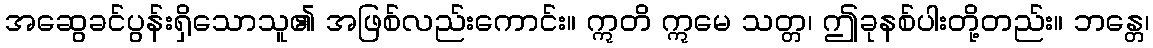
အဆွေခင်ပွန်းရှိသောသူ၏ အဖြစ်လည်းကောင်း။ ဣတိ ဣမေ သတ္တ၊ ဤခုနစ်ပါးတို့တည်း။ ဘန္တေ၊